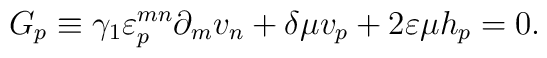
G_p\equiv \gamma_1 \varepsilon_p^{mn}\partial_mv_n +\delta\mu v_p+2\varepsilon\mu h_p =0.